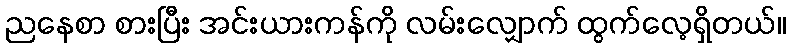
ညနေစာ စားပြီး အင်းယားကန်ကို လမ်းလျှောက် ထွက်လေ့ရှိတယ်။